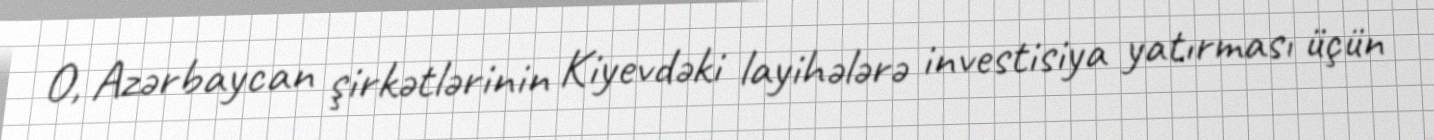
O, Azərbaycan şirkətlərinin Kiyevdəki layihələrə investisiya yatırması üçün